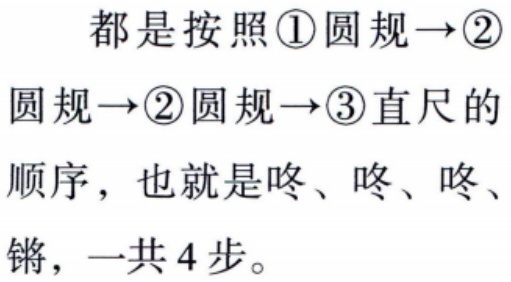
都是按照\textcircled{1}圆规→\textcircled{2}圆规→\textcircled{2}圆规→\textcircled{3}直尺的顺序，也就是咚、咚、咚、锵，一共 4 步。